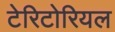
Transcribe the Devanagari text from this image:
टेरिटोरियल